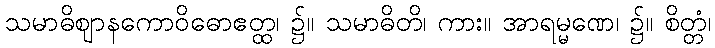
သမာဓိဈာနကောဝိဓောဧတ္ထ၊ ၌။ သမာဓိတိ၊ ကား။ အာရမ္မဏေ၊ ၌။ စိတ္တံ၊